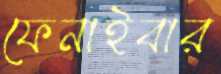
ফেনাইবার